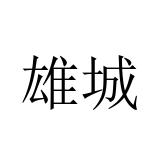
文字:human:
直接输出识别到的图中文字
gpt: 雄城